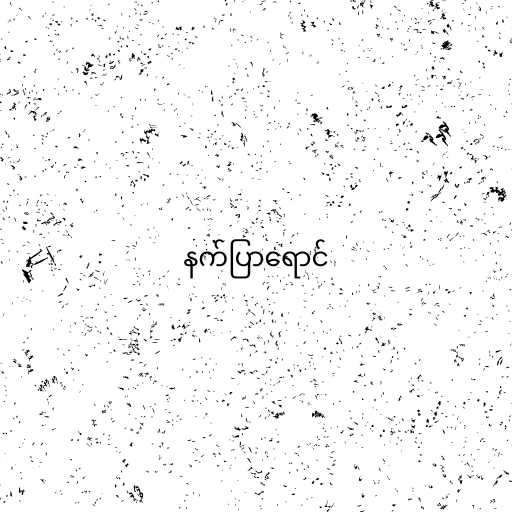
နက်ပြာရောင်